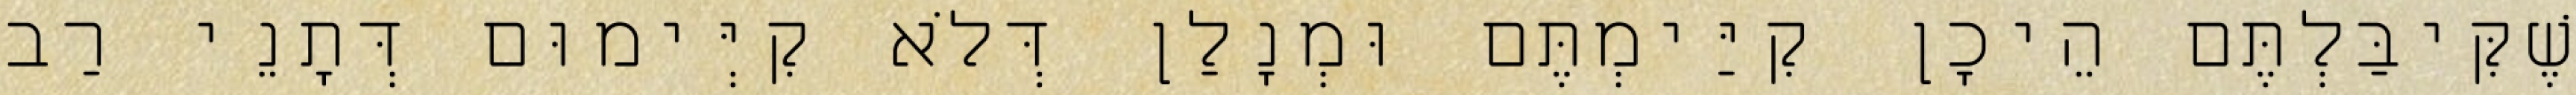
שֶׁקִּיבַּלְתֶּם הֵיכָן קִיַּימְתֶּם וּמְנָלַן דְּלֹא קִיְּימוּם דְּתָנֵי רַב